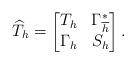
LaTeX: \begin{gather*}\widehat{T}_{h}=\begin{bmatrix}T_{h}&{\Gamma^{*}_{\overline{h}}} \\ \Gamma_{h} & S_{h}\end{bmatrix}.\end{gather*}